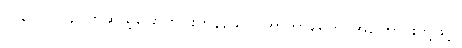
၂၀၃။ (၂၀၄) တဆယ့်ခြောက်ပါးကုန်သော။ အာကာရေဟိ၊ အကြောင်းတို့ဖြင့်။